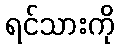
ရင်သားကို